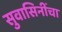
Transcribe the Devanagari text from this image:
सुवासिनींचा